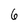
Character: 6